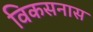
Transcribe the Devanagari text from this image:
विकसनास